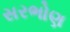
સરભોણ